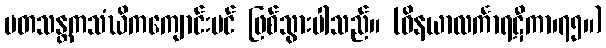
မတသန္တကသံဃိကကျောင်းပင် ဖြစ်သွားပါသည်။ (ဝိနယာလင်္ကာရဋီကာ၊၇၅။)